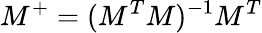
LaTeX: M^{+}=(M^{T}M)^{-1}M^{T}